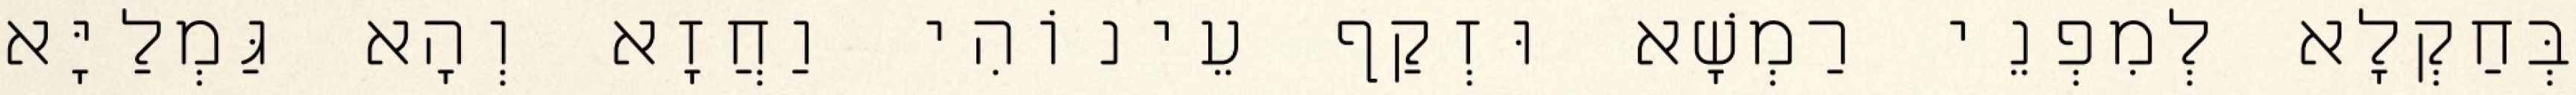
בְּחַקְלָא לְמִפְנֵי רַמְשָׁא וּזְקַף עֵינוֹהִי וַחֲזָא וְהָא גַּמְלַיָּא